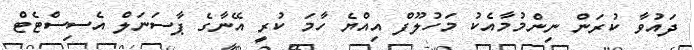
ދައުވާ ކުރަން ނިންމުމާއެކު މަހުލޫފް އިއްޔެ ހާމަ ކުރީ އޭނާގެ ޕާސަނަލް އެސިސްޓެޓް